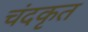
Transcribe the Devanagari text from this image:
चंदकृत